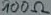
Text: 100Ω